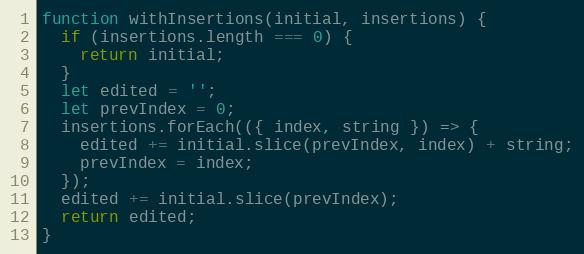
Language: JavaScript
function withInsertions(initial, insertions) {
  if (insertions.length === 0) {
    return initial;
  }
  let edited = '';
  let prevIndex = 0;
  insertions.forEach(({ index, string }) => {
    edited += initial.slice(prevIndex, index) + string;
    prevIndex = index;
  });
  edited += initial.slice(prevIndex);
  return edited;
}